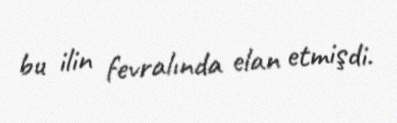
bu ilin fevralında elan etmişdi.